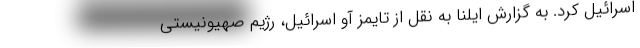
اسرائیل کرد. به گزارش ایلنا به نقل از تایمز آو اسرائیل، رژیم صهیونیستی